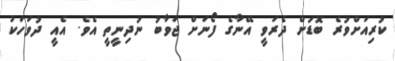
ކުރިއަށްވުރެ ބޮޑަށް ދެރަވީ އޭނާގެ ފޯނަށް ޖަވާބު ނުދިނީތީ އެވެ. އެއީ ދުވަހަކު